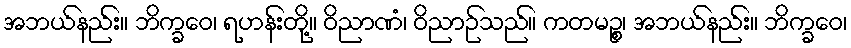
အဘယ်နည်း။ ဘိက္ခဝေ၊ ရဟန်းတို့။ ဝိညာဏံ၊ ဝိညာဉ်သည်။ ကတမဉ္စ၊ အဘယ်နည်း။ ဘိက္ခဝေ၊